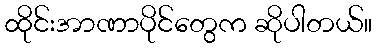
ထိုင်းအာဏာပိုင်တွေက ဆိုပါတယ်။